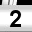
Digit: 2